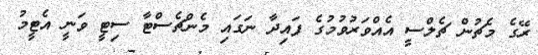
ރޭގެ މެޗުން ޗެލްސީ އެއްވަރުވުމުގެ ފައިދާ ނަގައި މެންޗެސްޓާ ސިޓީ ވަނީ އެޓީމު